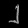
Digit: ၂